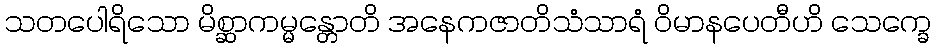
သတပေါရိသော မိစ္ဆာကမ္မန္တောတိ အနေကဇာတိသံသာရံ ဝိမာနပေတီဟိ သေက္ခေ